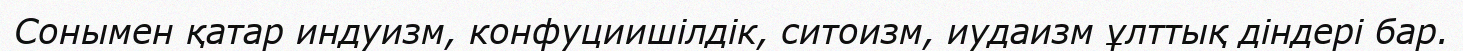
Сонымен қатар индуизм, конфуциишілдік, ситоизм, иудаизм ұлттық діндері бар.